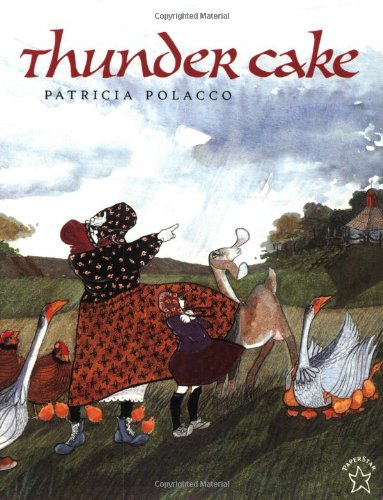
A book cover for Thunder Cake; Patricia Polacco; Romance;